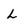
Character: L